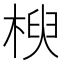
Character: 楰